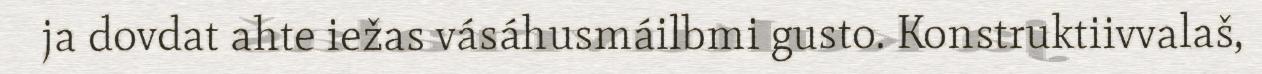
ja dovdat ahte iežas vásáhusmáilbmi gusto. Konstruktiivvalaš,